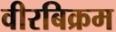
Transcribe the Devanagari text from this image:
वीरबिक्रम